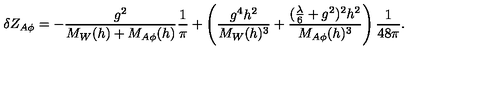
\delta Z _ { A \phi } = - \frac { g ^ { 2 } } { M _ { W } ( h ) + M _ { A \phi } ( h ) } \frac { 1 } { \pi } + \left( \frac { g ^ { 4 } h ^ { 2 } } { M _ { W } ( h ) ^ { 3 } } + \frac { ( \frac { \lambda } { 6 } + g ^ { 2 } ) ^ { 2 } h ^ { 2 } } { M _ { A \phi } ( h ) ^ { 3 } } \right) \frac { 1 } { 4 8 \pi } .